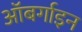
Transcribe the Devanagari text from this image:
ऑबर्गाइन